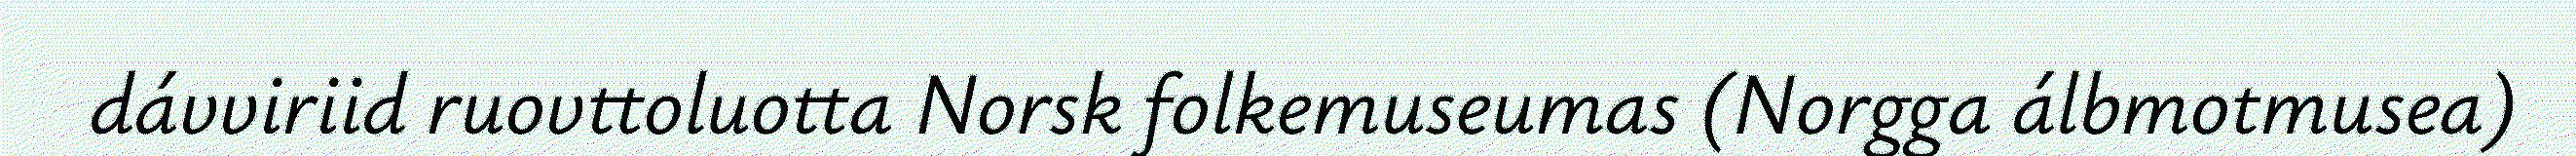
dávviriid ruovttoluotta Norsk folkemuseumas (Norgga álbmotmusea)